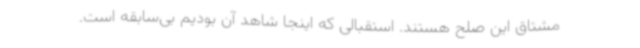
مشتاق این صلح هستند. استقبالی که اینجا شاهد آن بودیم بی‌سابقه است.